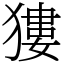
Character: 㺏